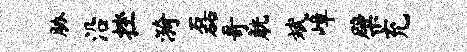
胁沿挫漪磊哥觥斌嶂檗充